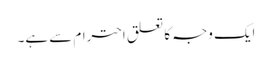
ایک وجہ کا تعلق احترام سے ہے۔